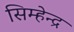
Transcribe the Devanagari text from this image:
सिम्हेन्द्र